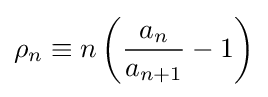
\rho _{n}\equiv n\left({\frac {a_{n}}{a_{n+1}}}-1\right)